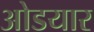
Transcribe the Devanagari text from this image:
ओडयार